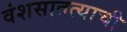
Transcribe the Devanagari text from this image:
वंशसातत्याची